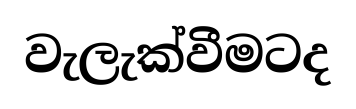
වැලැක්වීමටද